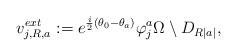
LaTeX: \begin{align*} v_{j,R,a}^{ext} := e^{\frac{i}{2}(\theta_0 - \theta_a)} \varphi_j^a \Omega \setminus D_{R|a|}, \end{align*}